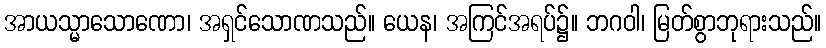
အာယသ္မာသောဏော၊ အရှင်သောဏသည်။ ယေန၊ အကြင်အရပ်၌။ ဘဂဝါ၊ မြတ်စွာဘုရားသည်။